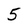
Character: 5